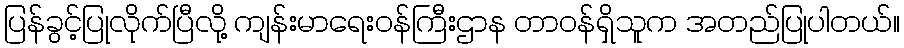
ပြန်ခွင့်ပြုလိုက်ပြီလို့ ကျန်းမာရေးဝန်ကြီးဌာန တာဝန်ရှိသူက အတည်ပြုပါတယ်။